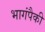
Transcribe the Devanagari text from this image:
भागंपैकी